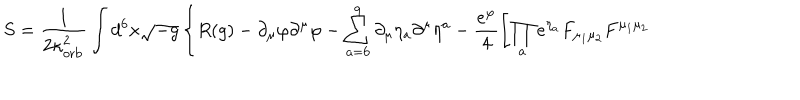
LaTeX: S = \frac { 1 } { 2 \kappa _ { \mathrm { o r b } } ^ { 2 } } \int d ^ { 6 } x \sqrt { - g } \left\{ { R } ( g ) - \partial _ { \mu } \varphi \partial ^ { \mu } \varphi - \sum _ { a = 6 } ^ { 9 } \partial _ { \mu } { \eta _ { a } } \partial ^ { \mu } { \eta ^ { a } } - \frac { e ^ { \varphi } } { 4 } \left[ \prod _ { a } e ^ { \eta _ { a } } { F } _ { \mu _ { 1 } \mu _ { 2 } } { F } ^ { \mu _ { 1 } \mu _ { 2 } } \right. \right.